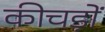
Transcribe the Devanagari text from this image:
कीचड़ों